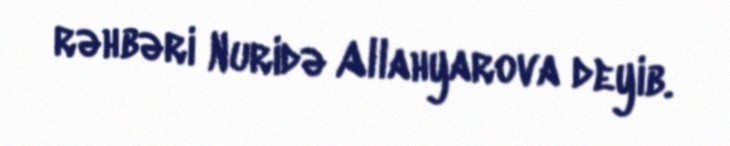
rəhbəri Nuridə Allahyarova deyib.